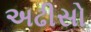
અઢીસો